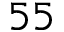
5 5